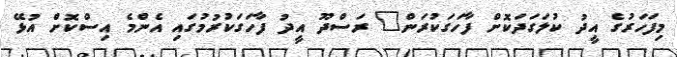
މިފަހަރުގެ އީދު ކުލަގަދަކޮށް ފާހަގަކުރަން" ރަސްދޫ އީދު ފާހަގަކުރުމުގައި އެންމެ އިސްކޮށް އުޅޭ